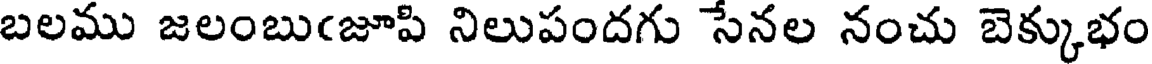
బలము జలంబుఁజూపి నిలుపందగు సేనల నంచు బెక్కుభం